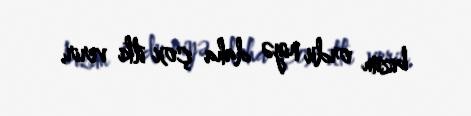
bizim ordu niyə daha çox itki verir.